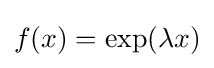
f(x)=\exp(\lambda x)